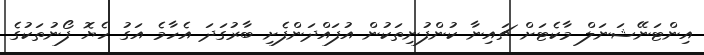
އިންޓަނޭޝަނަލް މާކެޓަށް ޗައިނާ ކުންފުނިތަކުން އުފައްދަންފެށި ބާރުގަދަ އެހާމެ އަގު ހެޔޮ ފޯނުތަކުގެ